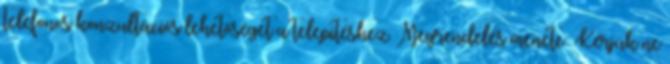
telefonos konzultációs lehetőséget a telepítéshez. Megrendelés menete: Kérjük ne